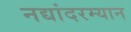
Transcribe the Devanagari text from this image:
नद्यांदरम्यान